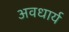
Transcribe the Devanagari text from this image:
अवधार्य